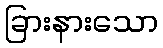
ခြားနားသော